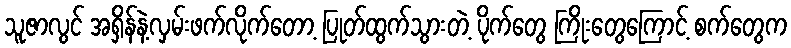
သူဇာလွင် အရှိန်နဲ့လှမ်းဖက်လိုက်တော့ ပြုတ်ထွက်သွားတဲ့ ပိုက်တွေ ကြိုးတွေကြောင့် စက်တွေက